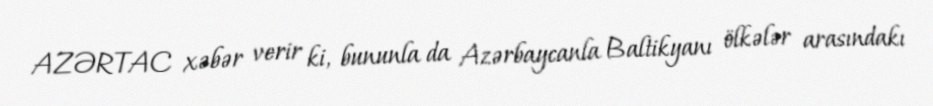
AZƏRTAC xəbər verir ki, bununla da Azərbaycanla Baltikyanı ölkələr arasındakı